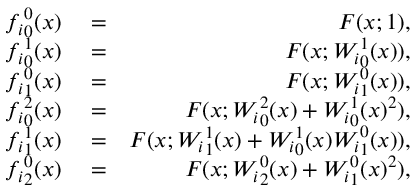
\begin{array} { r l r } { { f _ { i } } _ { 0 } ^ { 0 } ( x ) } & { { } = } & { F ( x ; 1 ) , } \\ { { f _ { i } } _ { 0 } ^ { 1 } ( x ) } & { { } = } & { F ( x ; { W _ { i } } _ { 0 } ^ { 1 } ( x ) ) , } \\ { { f _ { i } } _ { 1 } ^ { 0 } ( x ) } & { { } = } & { F ( x ; { W _ { i } } _ { 1 } ^ { 0 } ( x ) ) , } \\ { { f _ { i } } _ { 0 } ^ { 2 } ( x ) } & { { } = } & { F ( x ; { W _ { i } } _ { 0 } ^ { 2 } ( x ) + { W _ { i } } _ { 0 } ^ { 1 } ( x ) ^ { 2 } ) , } \\ { { f _ { i } } _ { 1 } ^ { 1 } ( x ) } & { { } = } & { F ( x ; { W _ { i } } _ { 1 } ^ { 1 } ( x ) + { W _ { i } } _ { 0 } ^ { 1 } ( x ) { W _ { i } } _ { 1 } ^ { 0 } ( x ) ) , } \\ { { f _ { i } } _ { 2 } ^ { 0 } ( x ) } & { { } = } & { F ( x ; { W _ { i } } _ { 2 } ^ { 0 } ( x ) + { W _ { i } } _ { 1 } ^ { 0 } ( x ) ^ { 2 } ) , } \end{array}